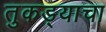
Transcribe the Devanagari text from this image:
तुकड्याचा